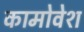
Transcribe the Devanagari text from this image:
कामोवेश